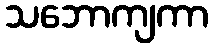
သဘောကျကာ